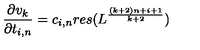
\frac { \partial v _ { k } } { \partial t _ { i , n } } = c _ { i , n } r e s ( L ^ { \frac { ( k + 2 ) n + i + 1 } { k + 2 } } )